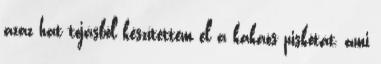
azaz hat tojásból készítettem el a kakaós piskótát, ami